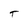
Character: T